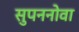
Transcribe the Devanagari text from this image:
सुपननोवा